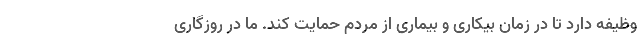
وظیفه دارد تا در زمان بیکاری و بیماری از مردم حمایت کند. ما در روزگاری